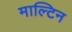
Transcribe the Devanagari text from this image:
माल्टिन